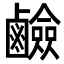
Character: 鹼